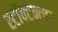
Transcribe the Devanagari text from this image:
स्टॉक्टनचा